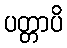
ပတ္တာပိ